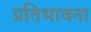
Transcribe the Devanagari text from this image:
प्रतिभावना